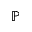
\mathbb { P }